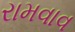
રામવાવ